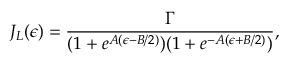
J _ { L } ( \epsilon ) = \frac { \Gamma } { ( 1 + e ^ { A ( \epsilon - B / 2 ) } ) ( 1 + e ^ { - A ( \epsilon + B / 2 ) } ) } ,